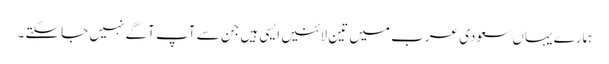
ہمارے یہاں سعودی عرب میں تین لائنیں ایسی ہیں جن سے آپ آگے نہیں جاسکتے ۔